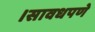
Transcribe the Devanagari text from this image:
।सावधपणे